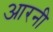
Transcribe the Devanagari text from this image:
आरनी